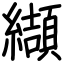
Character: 纈